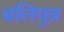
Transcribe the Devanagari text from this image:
बलिपुत्र